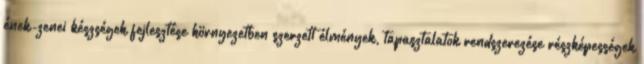
ének-zenei készségek fejlesztése környezetben szerzett élmények, tapasztalatok rendszerezése részképességek